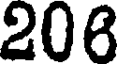
206